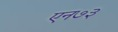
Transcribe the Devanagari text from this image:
एन७३